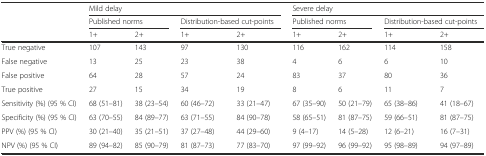
<table><thead><tr><td></td><td colspan="4"><b>Mild delay</b></td><td colspan="4"><b>Severe delay</b></td></tr><tr><td></td><td colspan="2"><b>Published norms</b></td><td colspan="2"><b>Distribution-based cut-points</b></td><td colspan="2"><b>Published norms</b></td><td colspan="2"><b>Distribution-based cut-points</b></td></tr><tr><td></td><td><b>1+</b></td><td><b>2+</b></td><td><b>1+</b></td><td><b>2+</b></td><td><b>1+</b></td><td><b>2+</b></td><td><b>1+</b></td><td><b>2+</b></td></tr></thead><tbody><tr><td>True negative</td><td>107</td><td>143</td><td>97</td><td>130</td><td>116</td><td>162</td><td>114</td><td>158</td></tr><tr><td>False negative</td><td>13</td><td>25</td><td>23</td><td>38</td><td>4</td><td>6</td><td>6</td><td>10</td></tr><tr><td>False positive</td><td>64</td><td>28</td><td>57</td><td>24</td><td>83</td><td>37</td><td>80</td><td>36</td></tr><tr><td>True positive</td><td>27</td><td>15</td><td>34</td><td>19</td><td>8</td><td>6</td><td>11</td><td>7</td></tr><tr><td>Sensitivity (%) (95 % CI)</td><td>68 (51–81)</td><td>38 (23–54)</td><td>60 (46–72)</td><td>33 (21–47)</td><td>67 (35–90)</td><td>50 (21–79)</td><td>65 (38–86)</td><td>41 (18–67)</td></tr><tr><td>Specificity (%) (95 % CI)</td><td>63 (70–55)</td><td>84 (89–77)</td><td>63 (71–55)</td><td>84 (90–78)</td><td>58 (65–51)</td><td>81 (87–75)</td><td>59 (66–51)</td><td>81 (87–75)</td></tr><tr><td>PPV (%) (95 % CI)</td><td>30 (21–40)</td><td>35 (21–51)</td><td>37 (27–48)</td><td>44 (29–60)</td><td>9 (4–17)</td><td>14 (5–28)</td><td>12 (6–21)</td><td>16 (7–31)</td></tr><tr><td>NPV (%) (95 % CI)</td><td>89 (94–82)</td><td>85 (90–79)</td><td>81 (87–73)</td><td>77 (83–70)</td><td>97 (99–92)</td><td>96 (99–92)</td><td>95 (98–89)</td><td>94 (97–89)</td></tr></tbody></table>